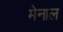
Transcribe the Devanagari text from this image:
मेनाल